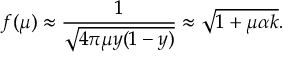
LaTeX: f ( \mu ) \approx \frac { 1 } { \sqrt { 4 \pi \mu y ( 1 - y ) } } \approx \sqrt { 1 + \mu \alpha k } .